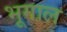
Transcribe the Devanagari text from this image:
भूगाल